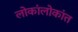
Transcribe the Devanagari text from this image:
लोकांलोकांत